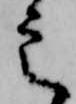
定